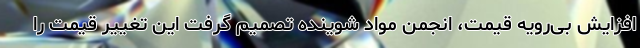
افزایش بی‌رویه قیمت، انجمن مواد شوینده تصمیم گرفت این تغییر قیمت را